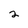
Character: 2